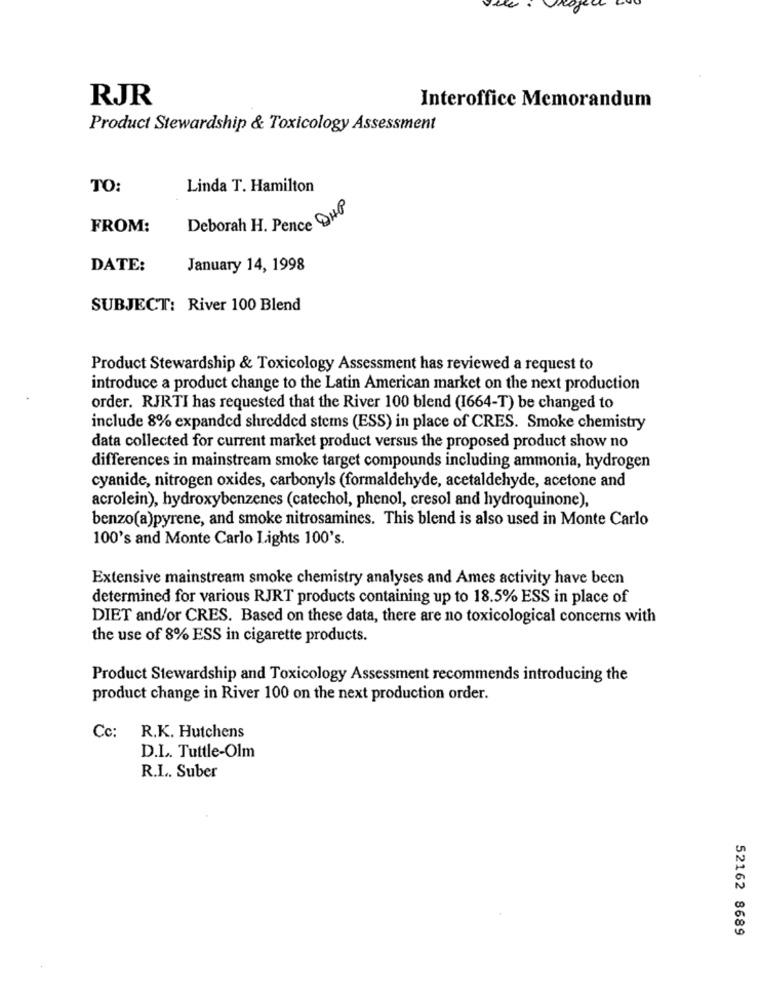
RJR
Interoffice Memorandum
Product Stewardship & Toxicology Assessment
TO:
Linda T. Hamilton
Deborah H. Pence QHP
FROM:
DATE:
January 14, 1998
SUBJECT: River 100 Blend
Product Stewardship & Toxicology Assessment has reviewed a request to
introduce a product change to the Latin American market on the next production
order. RJRTI has requested that the River 100 blend (1664-T) be changed to
include 8% expanded shredded stems (ESS) in place of CRES. Smoke chemistry
data collected for current market product versus the proposed product show no
differences in mainstream smoke target compounds including ammonia, hydrogen
cyanide, nitrogen oxides, carbonyls (formaldehyde, acetaldehyde, acetone and
acrolein), hydroxybenzenes (catechol, phenol, cresol and hydroquinone),
benzo(a)pyrene, and smoke nitrosamines. This blend is also used in Monte Carlo
100's and Monte Carlo Lights 100's.
Extensive mainstream smoke chemistry analyses and Ames activity have been
determined for various RJRT products containing up to 18.5% ESS in place of
DIET and/or CRES. Based on these data, there are no toxicological concerns with
the use of 8% ESS in cigarette products.
Product Stewardship and Toxicology Assessment recommends introducing the
product change in River 100 on the next production order.
Cc: R.K. Hutchens
D.L. Tuttle-Olm
R.L. Suber
52162 8689